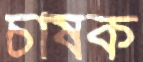
চাষক